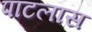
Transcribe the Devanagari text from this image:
पाटलास